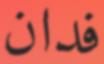
فدان